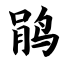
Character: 鹃